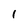
Character: l